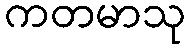
ကတမာသု